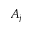
A _ { j }